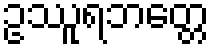
ဥဿူရဘတ္တေ